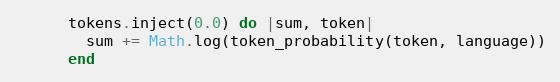
Language: Ruby
      tokens.inject(0.0) do |sum, token|
        sum += Math.log(token_probability(token, language))
      end